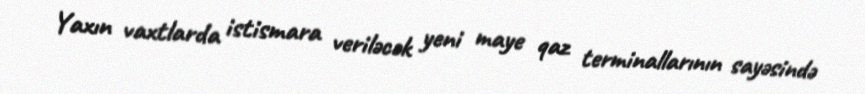
Yaxın vaxtlarda istismara veriləcək yeni maye qaz terminallarının sayəsində